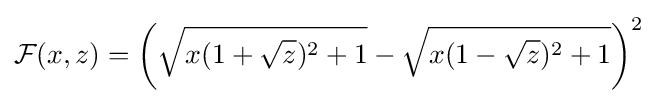
{\mathcal {F}}(x,z)=\left({\sqrt {x(1+{\sqrt {z}})^{2}+1}}-{\sqrt {x(1-{\sqrt {z}})^{2}+1}}\right)^{2}